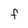
Character: F